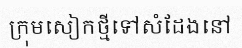
ក្រុមសៀកថ្មីទៅសំដែងនៅ